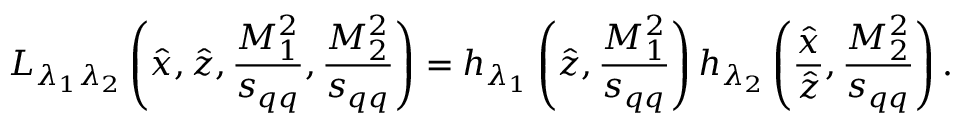
{ \cal L } _ { \lambda _ { 1 } \lambda _ { 2 } } \left( \hat { x } , \hat { z } , \frac { M _ { 1 } ^ { 2 } } { s _ { q q } } , \frac { M _ { 2 } ^ { 2 } } { s _ { q q } } \right) = h _ { \lambda _ { 1 } } \left( \hat { z } , \frac { M _ { 1 } ^ { 2 } } { s _ { q q } } \right) h _ { \lambda _ { 2 } } \left( \frac { \hat { x } } { \hat { z } } , \frac { M _ { 2 } ^ { 2 } } { s _ { q q } } \right) .